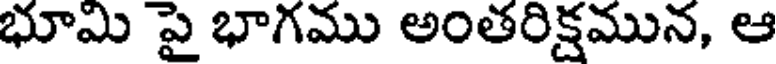
భూమి పై భాగము అంతరిక్షమున, ఆ